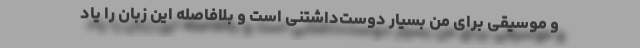
و موسیقی برای من بسیار دوست‌داشتنی است و بلافاصله این زبان را یاد